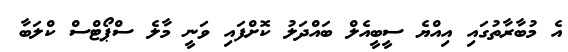
އެ މުބާރާތުގައި އިއްޔެ ސީބީއެލް ބައްދަލު ކޮށްފައި ވަނީ މާލެ ސްޕޯޓްސް ކްލަބާ